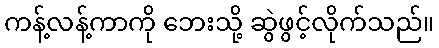
ကန့်လန့်ကာကို ဘေးသို့ ဆွဲဖွင့်လိုက်သည်။